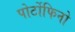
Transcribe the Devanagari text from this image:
पोर्टोफिनो